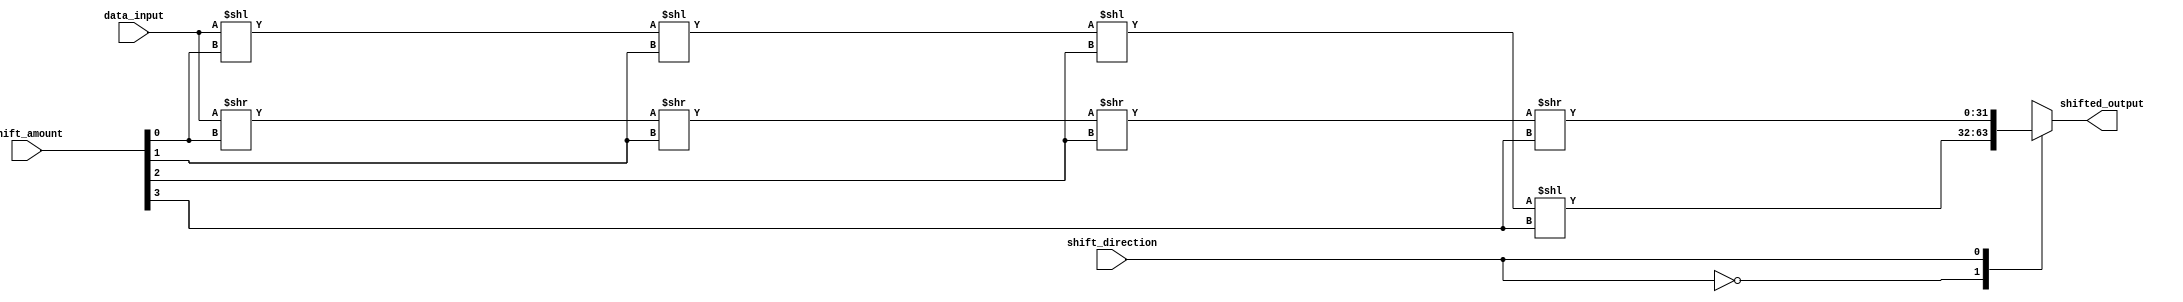
module barrel_shifter(
    input [31:0] data_input,
    input [4:0] shift_amount,
    input shift_direction, // 0 for left, 1 for right
    output reg [31:0] shifted_output
);

reg [31:0] stage1_output;
reg [31:0] stage2_output;
reg [31:0] stage3_output;
reg [31:0] stage4_output;

always @(*)
begin
    case(shift_direction)
        0: begin // shift left
            stage1_output = data_input << shift_amount[0];
            stage2_output = stage1_output << shift_amount[1];
            stage3_output = stage2_output << shift_amount[2];
            stage4_output = stage3_output << shift_amount[3];
        end
        1: begin // shift right
            stage1_output = data_input >> shift_amount[0];
            stage2_output = stage1_output >> shift_amount[1];
            stage3_output = stage2_output >> shift_amount[2];
            stage4_output = stage3_output >> shift_amount[3];
        end
    endcase
end

assign shifted_output = stage4_output; 

endmodule